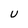
Character: U